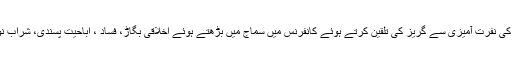
اتحاد و اتفاق اور قومی یکجہتی کے فروغ اور کسی بھی طرح کی نفرت آمیزی سے گریز کی تلقین کرتے ہوئے کانفرنس میں سماج میں بڑھتے ہوئے اخلاقی بگاڑ، فساد ، اباحیت پسندی، شراب نوشی، اور شدت پسندی وغیرہ پر بھی تشویش کا اظہار کیا گیا ۔